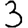
Digit: 3